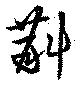
斠